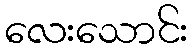
လေးသောင်း